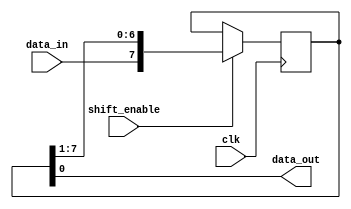
module parallel_in_serial_out_register (
    input wire clk,             // Clock signal
    input wire data_in,         // Parallel input data
    input wire shift_enable,    // Shift register enable signal
    output reg data_out         // Serial output data
);

reg [7:0] shift_reg;            // 8-bit shift register

always @(posedge clk) begin
    if (shift_enable) begin
        shift_reg <= {data_in, shift_reg[7:1]};  // Shift data in
    end
end

assign data_out = shift_reg[0];    // Output serial data

endmodule